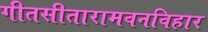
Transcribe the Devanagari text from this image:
गीतसीतारामवनविहार